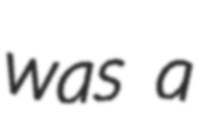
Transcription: was a